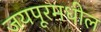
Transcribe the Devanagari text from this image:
जयपूरमधील